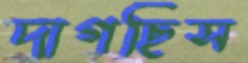
দাগছিস